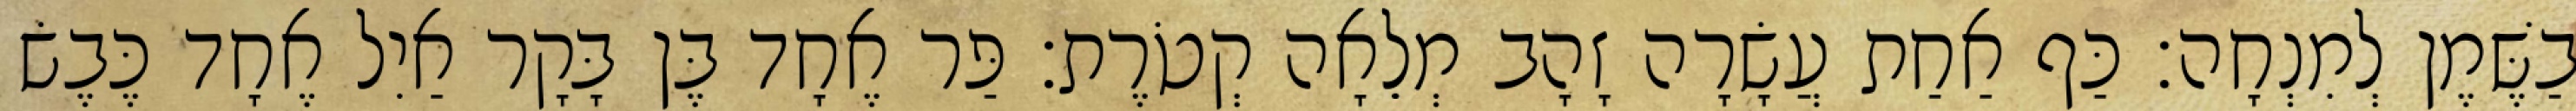
בַשֶּׁמֶן לְמִנְחָה׃ כַּף אַחַת עֲשָׂרָה זָהָב מְלֵאָה קְטֹרֶת׃ פַּר אֶחָד בֶּן בָּקָר אַיִל אֶחָד כֶּבֶשׂ